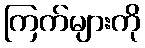
ကြက်များကို